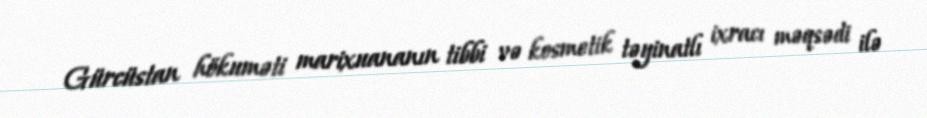
Gürcüstan hökuməti marixuananın tibbi və kosmetik təyinatlı ixracı məqsədi ilə